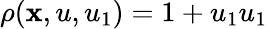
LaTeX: \rho(\mathbf{x},u,u_{1})=1+u_{1}u_{1}